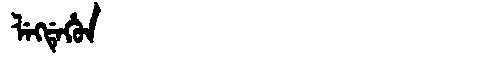
Manchu: ᠯᡝᡴᡩᡝᡥᡠᠨ
Romanization: LEKDEHUN